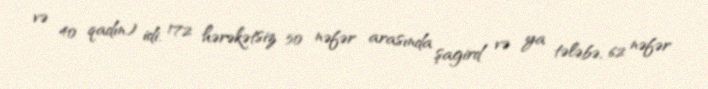
və 40 qadın) idi. 172 hərəkətsiz 50 nəfər arasında şagird və ya tələbə, 62 nəfər